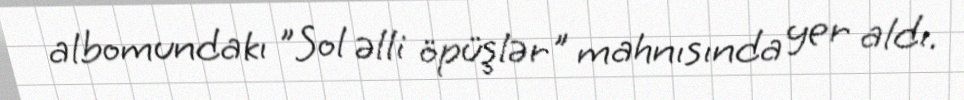
albomundakı "Sol əlli öpüşlər" mahnısında yer aldı.